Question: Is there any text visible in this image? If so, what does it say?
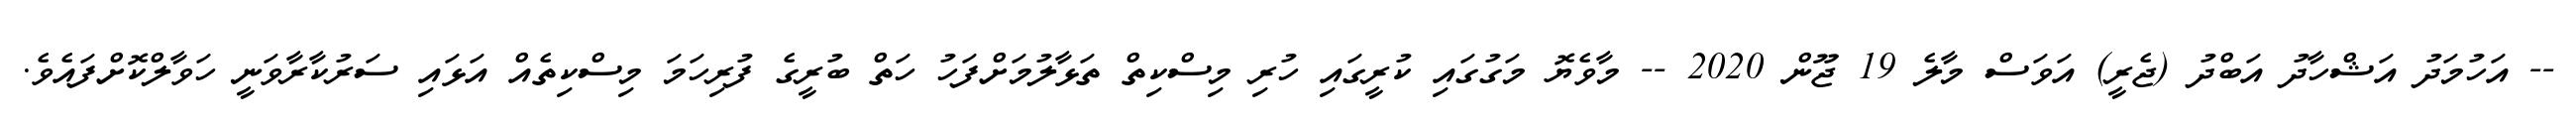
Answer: -- އަހުމަދު އަޝްހާދު އަބްދު (ޖެރީ) އަވަސް މާލެ 19 ޖޫން 2020 -- މާވެޔޮ މަގުގައި ކުރީގައި ހުރި މިސްކިތް ތަޅާލުމަށްފަހު ހަތް ބުރީގެ ފުރިހަމަ މިސްކިތެއް އަޅައި ސަރުކާރާވަނީ ހަވާލްކޮށްފައެވެ.